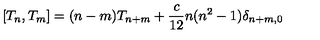
\left[ T _ { n } , T _ { m } \right] = ( n - m ) T _ { n + m } + \frac { c } { 1 2 } n ( n ^ { 2 } - 1 ) \delta _ { n + m , 0 }